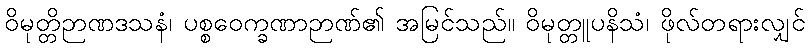
ဝိမုတ္တိဉာဏဒသနံ၊ ပစ္စဝေက္ခဏာဉာဏ်၏ အမြင်သည်။ ဝိမုတ္တူပနိသံ၊ ဖိုလ်တရားလျှင်